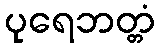
ပုရေဘတ္တံ